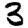
Digit: 3